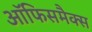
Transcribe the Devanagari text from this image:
ऑफिसमैक्स